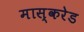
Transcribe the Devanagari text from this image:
मास्करेड